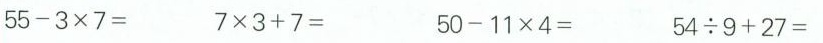
$$5 5 - 3 \times 7 =$$ $$7 \times 3 + 7 =$$ $$5 0 - 1 1 \times 4 =$$ $$5 4 \div 9 + 2 7 =$$